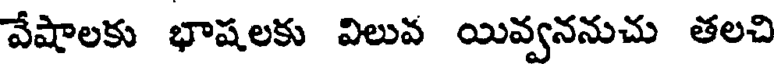
వేషాలకు భాషలకు విలువ యివ్వననుచు తలచి